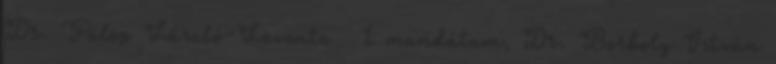
Dr. Fülöp László-Levente 1 mandátum, Dr. Borboly István